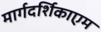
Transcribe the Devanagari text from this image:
मार्गदर्शिकाएम